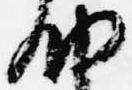
納